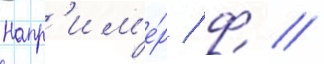
Напр'им'е́р / ф //